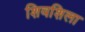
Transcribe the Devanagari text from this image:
शिवशिला